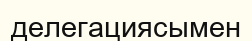
делегациясымен